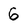
Character: 6